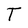
Character: T